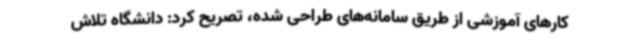
کارهای آموزشی از طریق سامانه‌های طراحی شده، تصریح کرد: دانشگاه تلاش